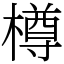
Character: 樽